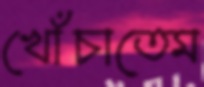
খোঁচাতেম